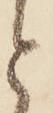
と